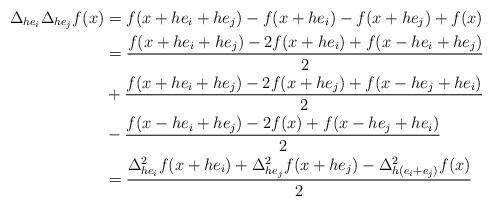
LaTeX: \begin{align*}\Delta_{he_i}\Delta_{he_j}f(x) &= f(x+he_i+he_j) - f(x+he_i) - f(x+he_j) + f(x) \\&= \frac{f(x+he_i+he_j)-2f(x+he_i)+f(x-he_i+he_j)}{2} \\&+ \frac{f(x+he_i+he_j)-2f(x+he_j)+f(x-he_j+he_i)}{2} \\&- \frac{f(x-he_i+he_j) - 2f(x) + f(x-he_j+he_i)}{2} \\&= \frac{\Delta_{he_i}^2f(x+he_i) + \Delta_{he_j}^2f(x+he_j)- \Delta_{h(e_i+e_j)}^2 f(x) }{2}\end{align*}